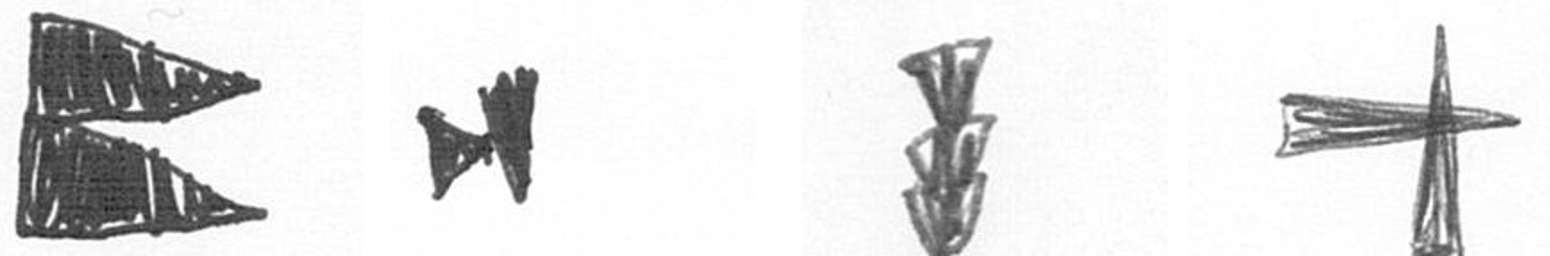
P M E G